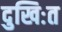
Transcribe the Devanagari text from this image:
दुखिःत